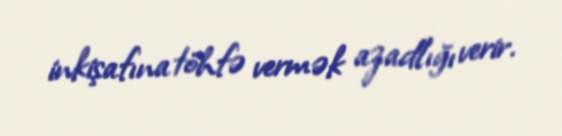
inkişafına töhfə vermək azadlığı verir.